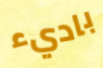
باديء